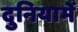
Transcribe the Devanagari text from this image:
दुनियामें